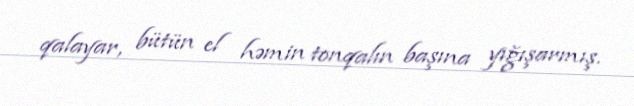
qalayar, bütün el həmin tonqalın başına yığışarmış.